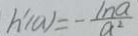
h ^ { \prime } ( a ) = - \frac { \ln a } { a ^ { 2 } }